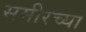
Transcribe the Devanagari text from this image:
समीरच्या